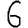
Digit: 6